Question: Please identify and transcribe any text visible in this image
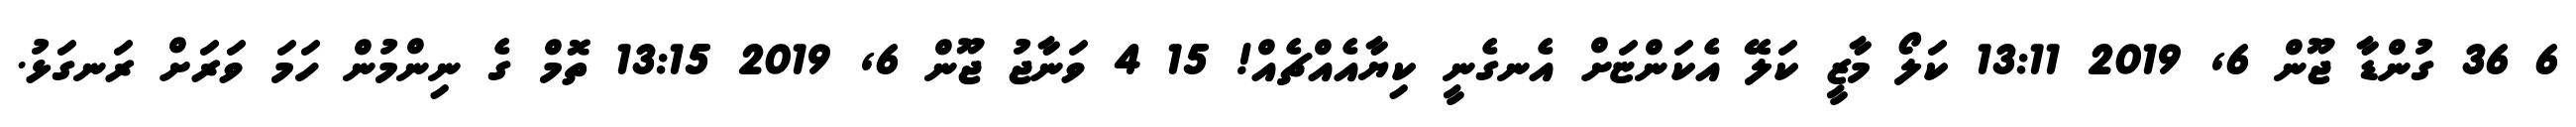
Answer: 6 36 ގުންޑާ ޖޫން 6, 2019 13:11 ކަލޯ މާޒީ ކަލޭ އެކަންޏަށް އެނގެނީ ކިޔާއެއްޗެއް! 15 4 ވަނާޖު ޖޫން 6, 2019 13:15 ތޮމް ގެ ނިންމުން ހަމަ ވަރަށް ރަނގަޅު.